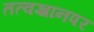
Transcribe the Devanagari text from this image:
तत्वज्ञानपर